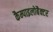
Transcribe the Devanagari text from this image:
कैम्पाइलोबैक्टर